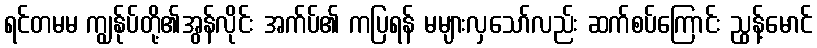
ရင်တမမ ကျွန်ုပ်တို့၏အွန်လိုင်း အက်ပ်၏ ကပြရန် မများလှသော်လည်း ဆက်စပ်ကြောင်း ညွန့်မောင်